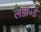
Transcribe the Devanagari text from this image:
लडॉ॰ई